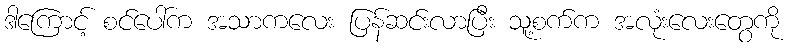
ဒါကြောင့် စင်ပေါ်က အသာကလေး ပြန်ဆင်းလာပြီး သူ့စက်က အလုံးလေးတွေကို